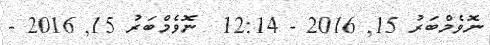
ނޮވެމްބަރު 15